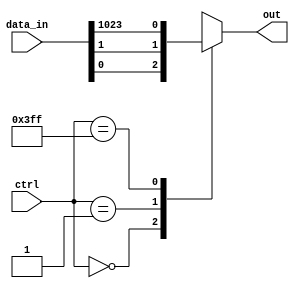
module mux_1024_1 (
    input [1023:0] data_in,
    input [9:0] ctrl,
    output reg out
);

always @(*) begin
    case (ctrl)
        10'b0000000000: out = data_in[0];
        10'b0000000001: out = data_in[1];
        // Add more cases for all 1024 inputs
        10'b1111111111: out = data_in[1023];
        default: out = 1'bx; // Output indeterminate if control signal is invalid
    endcase
end

endmodule